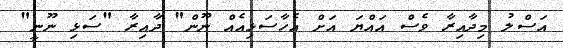
އަސްލު މިދާއިރާ ވެސް އައްޔަ އަށް އެހާސަޅިއެއް ނޫން" ދާއިރާ "ސަޅި ނޫނީ"